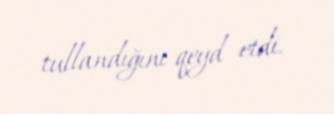
tullandığını qeyd etdi.